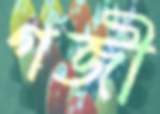
গজী